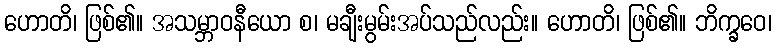
ဟောတိ၊ ဖြစ်၏။ အသမ္ဘာဝနီယော စ၊ မချီးမွမ်းအပ်သည်လည်း။ ဟောတိ၊ ဖြစ်၏။ ဘိက္ခဝေ၊